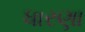
ધારણા